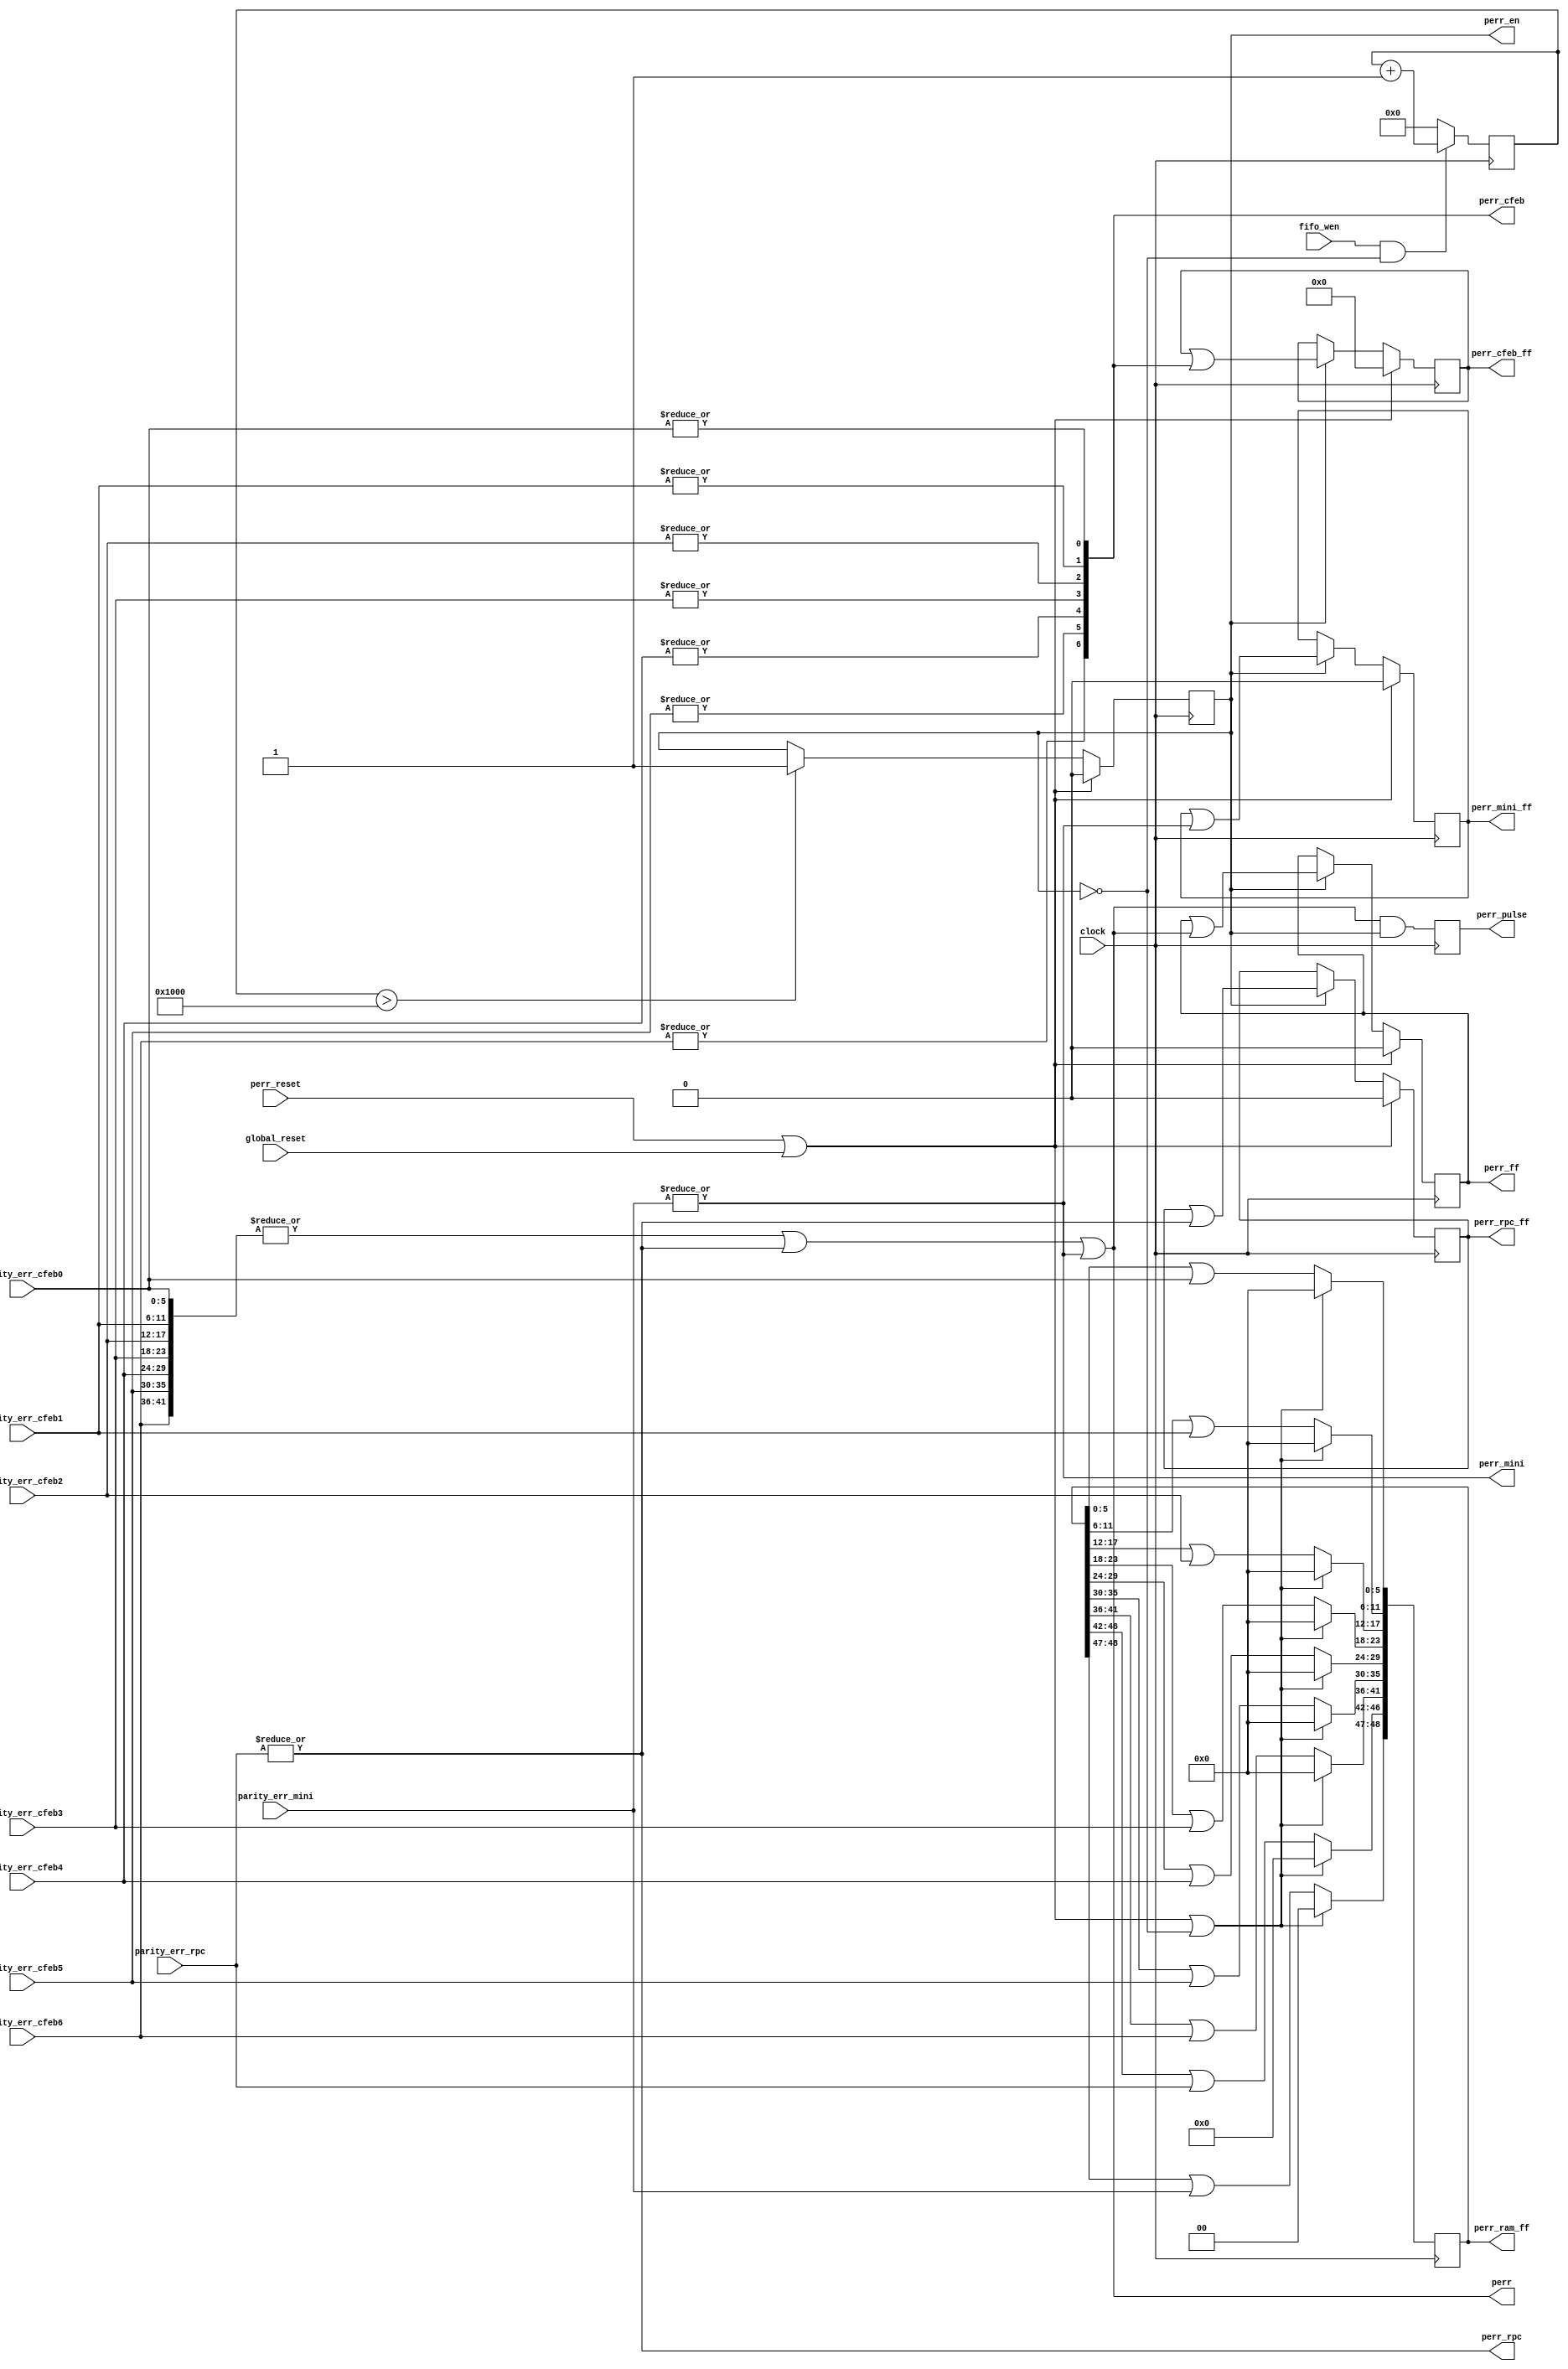
`timescale 1ns / 1ps
//`define DEBUG_PARITY 1
//------------------------------------------------------------------------------------------------------------------
// Process Parity Errors
//
//  11/18/2008  Add pulsed output sequencer perr counter
//  11/18/2008  Mod perr enable to wait for raw hits rams to write parity to all 2K addresses
//  11/26/2008  Add ram error map
//  04/30/2009  Add miniscope ram parity
//  08/17/2010  Port to ISE 12
//  02/21/2013  Expand to 7 CFEBs
//------------------------------------------------------------------------------------------------------------------
  module parity
  (
// Clock
  clock,
  global_reset,
  perr_reset,

// Parity inputs
  parity_err_cfeb0,
  parity_err_cfeb1,
  parity_err_cfeb2,
  parity_err_cfeb3,
  parity_err_cfeb4,
  parity_err_cfeb5,
  parity_err_cfeb6,
  parity_err_rpc,
  parity_err_mini,

// Raw hits RAM control
  fifo_wen,

// Parity summary to sequencer and VME
  perr_cfeb,
  perr_rpc,
  perr_mini,
  perr_en,
  perr,
  perr_pulse,

  perr_cfeb_ff,
  perr_rpc_ff,
  perr_mini_ff,
  perr_ff,
  perr_ram_ff

`ifdef DEBUG_PARITY
  ,parity_rd
  ,fifo_wadr_cnt_en
  ,fifo_wadr_done
  ,reset
`endif
  );
//------------------------------------------------------------------------------------------------------------------
// Bus widths
//------------------------------------------------------------------------------------------------------------------
  parameter MXCFEB  = 7;            // Number of CFEBs on CSC
  parameter MXLY    = 6;            // Number Layers in CSC
  parameter RAM_ADRB  = 11;            // Address width=log2(ram_depth)

//------------------------------------------------------------------------------------------------------------------
// Ports
//------------------------------------------------------------------------------------------------------------------
// Clock
  input          clock;          // 40MHz TMB main clock
  input          global_reset;      // Global reset
  input          perr_reset;        // Parity error reset

// Parity inputs
  input  [MXLY-1:0]    parity_err_cfeb0;    // CFEB raw hits RAM parity errors
  input  [MXLY-1:0]    parity_err_cfeb1;    // CFEB raw hits RAM parity errors
  input  [MXLY-1:0]    parity_err_cfeb2;    // CFEB raw hits RAM parity errors
  input  [MXLY-1:0]    parity_err_cfeb3;    // CFEB raw hits RAM parity errors
  input  [MXLY-1:0]    parity_err_cfeb4;    // CFEB raw hits RAM parity errors
  input  [MXLY-1:0]    parity_err_cfeb5;    // CFEB raw hits RAM parity errors
  input  [MXLY-1:0]    parity_err_cfeb6;    // CFEB raw hits RAM parity errors
  input  [4:0]      parity_err_rpc;      // RPC  raw hits RAM parity errors
  input  [1:0]      parity_err_mini;    // Miniscope     RAM parity errors

// Raw hits RAM control
  input          fifo_wen;        // 1=Write enable FIFO RAM

// Parity summary to sequencer and VME
  output  [MXCFEB-1:0]  perr_cfeb;        // CFEB RAM parity error
  output          perr_rpc;        // RPC  RAM parity error
  output          perr_mini;        // Mini RAM parity error
  output          perr_en;        // Parity error latch enabled
  output          perr;          // Parity error summary        
  output          perr_pulse;        // Parity error pulse for counting
  
  output  [MXCFEB-1:0]  perr_cfeb_ff;      // CFEB RAM parity error, latched
  output          perr_rpc_ff;      // RPC  RAM parity error, latched
  output          perr_mini_ff;      // Mini RAM parity error, latches
  output          perr_ff;        // Parity error summary,  latched
  output  [48:0]      perr_ram_ff;      // Mapped bad parity RAMs, 42 cfebs + 5 rpcs + 2 mini

// Debug
`ifdef DEBUG_PARITY
  output  [15:0]      parity_rd;
  output          fifo_wadr_cnt_en;
  output          fifo_wadr_done;
  output          reset;
`endif

//------------------------------------------------------------------------------------------------------------------
// Continuous parity error calculation
//------------------------------------------------------------------------------------------------------------------
  assign perr_cfeb[0]  = | parity_err_cfeb0[MXLY-1:0];
  assign perr_cfeb[1]  = | parity_err_cfeb1[MXLY-1:0];
  assign perr_cfeb[2]  = | parity_err_cfeb2[MXLY-1:0];
  assign perr_cfeb[3]  = | parity_err_cfeb3[MXLY-1:0];
  assign perr_cfeb[4]  = | parity_err_cfeb4[MXLY-1:0];
  assign perr_cfeb[5]  = | parity_err_cfeb5[MXLY-1:0];
  assign perr_cfeb[6]  = | parity_err_cfeb6[MXLY-1:0];
  assign perr_rpc    = | parity_err_rpc[4:0];
  assign perr_mini  = | parity_err_mini[1:0];

  assign perr      = (|perr_cfeb) || perr_rpc || perr_mini;

// Wait for raw hits RAM address to wrap around, indicating parity bit was written to all addresses
  `ifndef DEBUG_PARITY parameter FIFO_LAST_ADR = 4096; `endif  // Make sure fifo wrote all addresses before checking parity
  `ifdef  DEBUG_PARITY parameter FIFO_LAST_ADR = 8;   `endif  // Shorten for simulator

  reg [12:0] fifo_wadr_cnt = 0;
  reg perr_en = 0;
  
  wire fifo_wadr_cnt_en = fifo_wen && !perr_en;
  wire fifo_wadr_done   = fifo_wadr_cnt > FIFO_LAST_ADR;
  wire reset            = perr_reset || global_reset;

  always @(posedge clock) begin
  if (fifo_wadr_cnt_en) fifo_wadr_cnt <= fifo_wadr_cnt+1'b1;
  else          fifo_wadr_cnt <= 0;
  end

  always @(posedge clock) begin
  if     (reset)       perr_en <= 0;
  else if (fifo_wadr_done) perr_en <= 1;
  end

// Latch errors 
  reg  [MXCFEB-1:0] perr_cfeb_ff  = 0;
  reg         perr_rpc_ff  = 0;
  reg         perr_mini_ff  = 0;
  reg         perr_ff    = 0;

  always @(posedge clock) begin
  if (reset) begin
  perr_cfeb_ff <= 0;
  perr_rpc_ff  <= 0;
  perr_mini_ff <= 0;
  perr_ff     <= 0;
  end
  else if (perr_en) begin
  perr_cfeb_ff <= perr_cfeb_ff | perr_cfeb;
  perr_rpc_ff  <= perr_rpc_ff  | perr_rpc;
  perr_mini_ff <= perr_mini_ff | perr_mini;
  perr_ff     <= perr_ff      | perr;
  end
  end

// Parity error pulse to sequencer for counting
  reg  perr_pulse = 0;

  always @(posedge clock) begin
  perr_pulse <= perr & perr_en;
  end

// Map bad parity RAMs, 6x7=42 cfebs and 5 rpcs and 2 miniscope
  reg [48:0] perr_ram_ff=0;

  wire reset_perr_ram = reset || !perr_en;

  always @(posedge clock) begin
  if (reset_perr_ram) perr_ram_ff <= 0;
  else begin
  perr_ram_ff[ 5: 0]  <= perr_ram_ff[ 5: 0] | parity_err_cfeb0[5:0];  // cfeb0 rams
  perr_ram_ff[11: 6]  <= perr_ram_ff[11: 6] | parity_err_cfeb1[5:0];  // cfeb1 rams
  perr_ram_ff[17:12]  <= perr_ram_ff[17:12] | parity_err_cfeb2[5:0];  // cfeb2 rams
  perr_ram_ff[23:18]  <= perr_ram_ff[23:18] | parity_err_cfeb3[5:0];  // cfeb3 rams
  perr_ram_ff[29:24]  <= perr_ram_ff[29:24] | parity_err_cfeb4[5:0];  // cfeb4 rams
  perr_ram_ff[35:30]  <= perr_ram_ff[35:30] | parity_err_cfeb5[5:0];  // cfeb5 rams
  perr_ram_ff[41:36]  <= perr_ram_ff[41:36] | parity_err_cfeb6[5:0];  // cfeb6 rams
  perr_ram_ff[46:42]  <= perr_ram_ff[46:42] | parity_err_rpc[4:0];  // rpc   rams
  perr_ram_ff[48:47]  <= perr_ram_ff[48:47] | parity_err_mini[1:0];  // mini  rams
  end
  end

//------------------------------------------------------------------------------------------------------------------
// Debug
//------------------------------------------------------------------------------------------------------------------
`ifdef DEBUG_PARITY
  assign parity_rd[4:0]  = perr_cfeb[4:0];
  assign parity_rd[5]    = perr_rpc;
  assign parity_rd[6]    = perr_mini;
  assign parity_rd[7]    = perr_en;
  assign parity_rd[8]    = perr;
  assign parity_rd[13:9]  = perr_cfeb_ff[4:0];
  assign parity_rd[14]  = perr_rpc_ff;
  assign parity_rd[15]  = perr_ff;
`endif

//------------------------------------------------------------------------------------------------------------------
  endmodule
//------------------------------------------------------------------------------------------------------------------